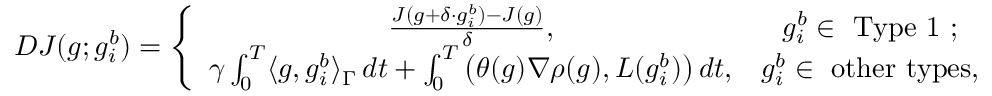
\begin{array} { r } { D J ( g ; g _ { i } ^ { b } ) = \left\{ \begin{array} { c c } { \frac { J ( g + \delta \cdot g _ { i } ^ { b } ) - J ( g ) } { \delta } , } & { g _ { i } ^ { b } \in \mathrm { ~ T y p e ~ 1 ~ } ; } \\ { \gamma \int _ { 0 } ^ { T } \langle g , g _ { i } ^ { b } \rangle _ { \Gamma } \, d t + \int _ { 0 } ^ { T } \left( \theta ( g ) \nabla \rho ( g ) , L ( g _ { i } ^ { b } ) \right) d t , } & { g _ { i } ^ { b } \in \mathrm { ~ o t h e r ~ t y p e s } , } \end{array} \right. } \end{array}